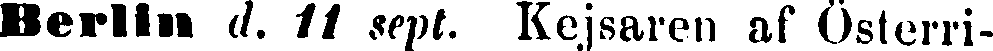
Berlin d. 11. sept. Kejsaren af Österri-